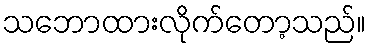
သဘောထားလိုက်တော့သည်။